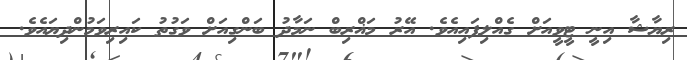
ރިޔާޝާ އިނީ ޓީވީއަށް ގެއްލިފައިއެވެ. އޭރު މަޣްރިބް ނަމާދު ބަންގިއަށް ވަގުތު ކައިރިވަމުންދިޔައެވެ.